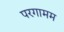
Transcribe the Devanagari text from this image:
परगामम